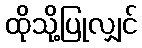
ထိုသို့ပြုလျှင်